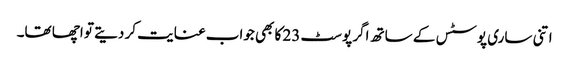
اتنی ساری پوسٹس کے ساتھ اگر پوسٹ 23 کا بھی جواب عنایت کر دیتے تو اچھا تھا۔